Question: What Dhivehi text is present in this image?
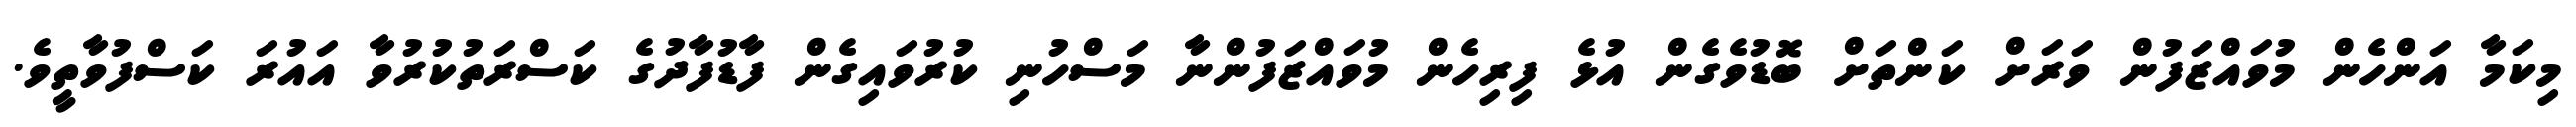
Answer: މިކަމާ އަންހެން މުވައްޒަފުން ވަރަށް ކަންތަށް ބޮޑުވެގެން އުޅެ ފިރިހެން މުވައްޒަފުންނާ މަސްހުނި ކުރުވައިގެން ފާޑުފާދުގެ ކަސްރަތުކުރުވާ އައުރަ ކަސްފުވާތީވެ.